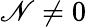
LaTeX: \mathscr{N}\neq0